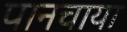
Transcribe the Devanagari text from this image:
पानचाया